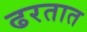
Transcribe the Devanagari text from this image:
ढरतात